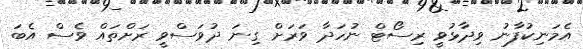
އެމަނިކުފާނު ވިދާޅުވީ ރިސޯޓް ނުހަދާ ވަރަށް ގިނަ ދުވަސްވީ ރަށްތައް ވެސް އެބަ